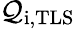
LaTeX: \mathcal{Q}_{\mathrm{{i,TLS}}}